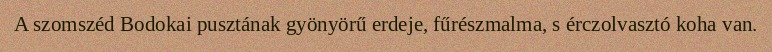
A szomszéd Bodokai pusztának gyönyörű erdeje, fűrészmalma, s érczolvasztó koha van.